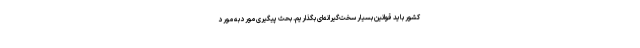
کشور باید قوانین بسیار سخت‌گیرانه‌ای بگذاریم. بحث پیگیری مورد به مورد